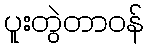
ပူးတွဲတာဝန်